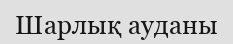
Шарлық ауданы